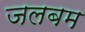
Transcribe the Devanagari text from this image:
जलबम